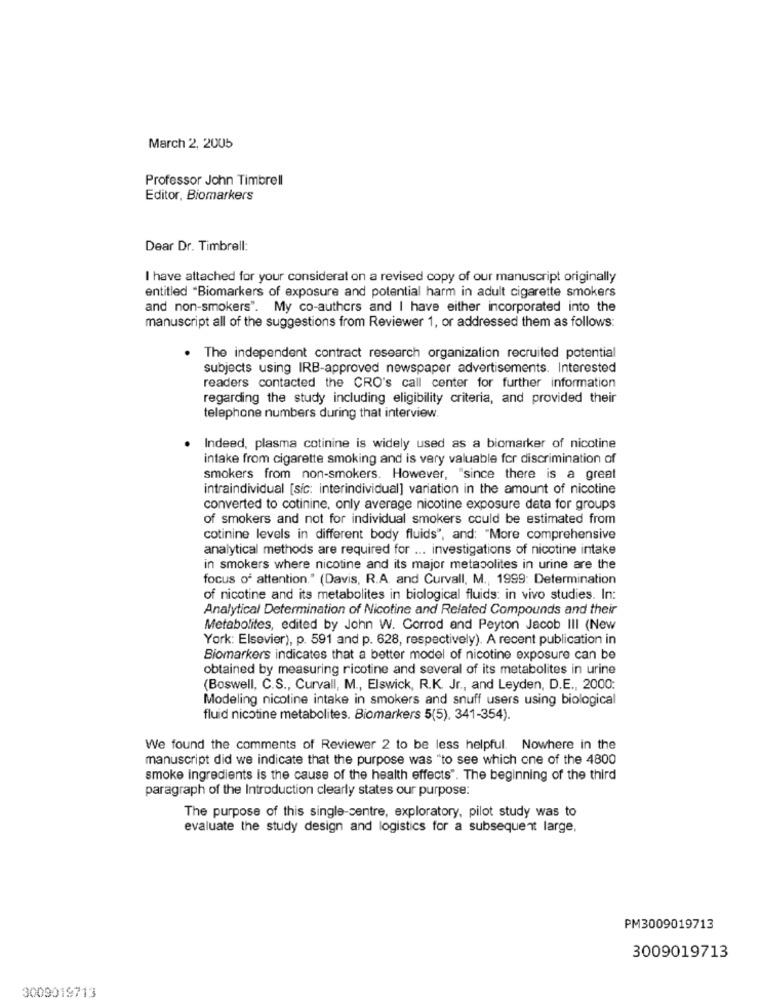
March 2, 2005
Professor John Timbrell
Editor, Biomarkers
Dear Dr. Timbrell:
I have attached for your considerat on a revised copy of our manuscript originally
entitled "Biomarkers of exposure and potential harm in adult cigarette smokers
and non-smokers". My co-authors and I have either incorporated into the
manuscript all of the suggestions from Reviewer 1, or addressed them as follows:
The independent contract research organization recruited potential
subjects using IRB-approved newspaper advertisements. Interested
readers contacted the CRO's call center for further information
regarding the study including eligibility criteria, and provided their
telephone numbers during that interview.
Indeed, plasma cotinine is widely used as a biomarker of nicotine
intake from cigarette smoking and is very valuable for discrimination of
smokers from non-smokers. However, "since there is a great
intraindividual [sic: interindividual] variation in the amount of nicotine
converted to cotinine, only average nicotine exposure data for groups
of smokers and not for individual smokers could be estimated from
cotinine levels in different body fluids", and: "More comprehensive
analytical methods are required for ... investigations of nicotine intake
in smokers where nicotine and its major metabolites in urine are the
focus of attention." (Davis, R.A. and Curvall, M ., 1999: Determination
of nicotine and its metabolites in biological fluids: in vivo studies. In:
Analytical Determination of Nicotine and Related Compounds and their
Metabolites, edited by John W. Corrod and Peyton Jacob III (New
York: Elsevier), p. 591 and p. 628, respectively). A recent publication in
Biomarkers indicates that a better model of nicotine exposure can be
obtained by measuring ricotine and several of its metabolites in urine
(Boswell, C.S ., Curvall, M ., Elswick, R.K. Jr ., and Leyden, D.E ., 2000:
Modeling nicotine intake in smokers and snuff users using biological
fluid nicotine metabolites. Biomarkers 5(5), 341-354).
We found the comments of Reviewer 2 to be less helpful. Nowhere in the
manuscript did we indicate that the purpose was "to see which one of the 4800
smoke ingredients is the cause of the health effects". The beginning of the third
paragraph of the Introduction clearly states our purpose:
The purpose of this single-centre, exploratory, pilot study was to
evaluate the study design and logistics for a subsequent large,
PM3009019713
3009019713
3009019713